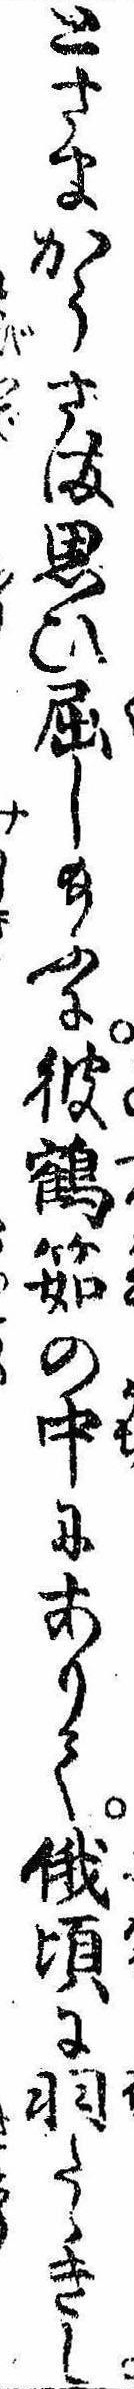
とさまかうさま思ひ屈し給ふに彼鶴筎の中にありて俄頃に羽たゝきし